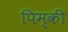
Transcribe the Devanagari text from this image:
पिम्की